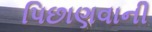
પિછાણવાની